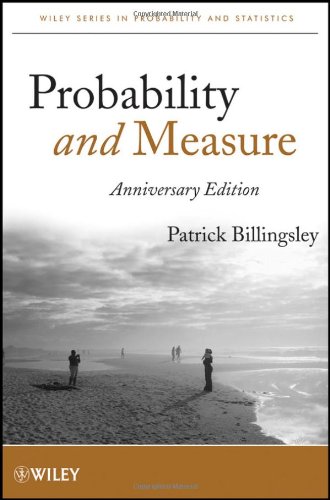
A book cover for Probability and Measure; Patrick Billingsley; Science & Math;